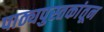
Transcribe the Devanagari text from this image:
पाठ्यपुस्तकांतून